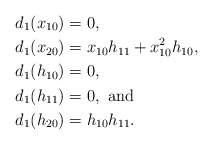
\begin{align*} d_1(x_{10}) &= 0, \\ d_1(x_{20}) &= x_{10}h_{11} + x_{10}^2h_{10}, \\ d_1(h_{10}) &= 0, \\ d_1(h_{11}) &= 0,\mbox{\ and} \\ d_1(h_{20}) &= h_{10}h_{11}.\end{align*}